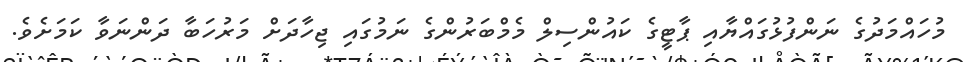
މުހައްމަދުގެ ނަންފުޅުގައްޔާއި ޕާޓީގެ ކައުންސިލް މެމްބަރުންގެ ނަމުގައި ޖިހާދަށް މަރުހަބާ ދަންނަވާ ކަމަށެވެ.